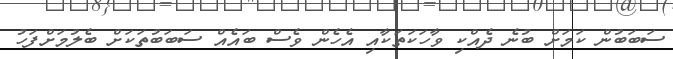
ސަބަބުން ކަމަށް ބުނެ ދެއްކި ވާހަކަތަކާއި އެހެން ވެސް ބައެއް ސަބަބުތަކަށް ބެލުމަށްފަހު